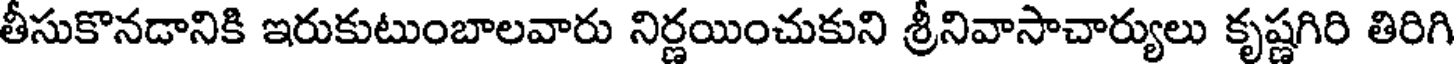
తీసుకొనడానికి ఇరుకుటుంబాలవారు నిర్ణయించుకుని శ్రీనివాసాచార్యులు కృష్ణగిరి తిరిగి